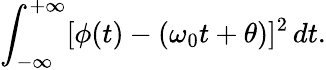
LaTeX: \int_{-\infty}^{+\infty}[\phi(t)-(\omega_{0}t+\theta)]^{2}\, dt.